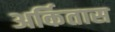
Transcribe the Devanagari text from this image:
अर्कितास